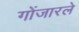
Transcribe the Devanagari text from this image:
गोंजारले